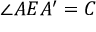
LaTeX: \angle A E A ^ { \prime } = C